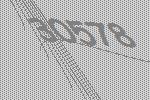
30578